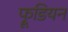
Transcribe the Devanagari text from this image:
फ्रूडियन